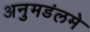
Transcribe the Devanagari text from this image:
अनुमडंलमे